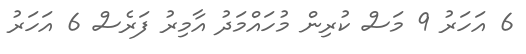
6 އަހަރު 9 މަސް ކުރިން މުހައްމަދު އާމިރު ފަރެސް 6 އަހަރު